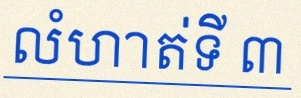
លំហាត់ទី ៣